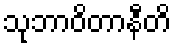
သုဘာဝိတာနီတိ